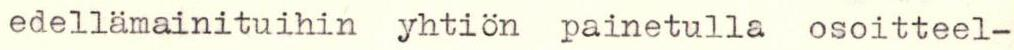
edellämainituihin yhtiön painetulla osoitteel-